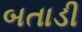
બતાડી